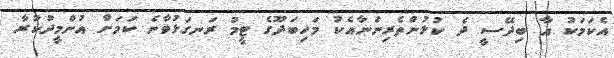
އެކަމަކު އާ ބިދޭސީ ދެ ކުޅުންތެރިންނާއެކު މަހިބަދޫގެ ޓީމު ރަނގަޅުވާނެ ކަމަށް އުންމީދުކުރާ